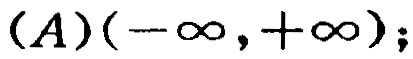
$(A)(-\infty,+\infty);$